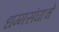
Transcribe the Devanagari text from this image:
धम्मसंघाचे